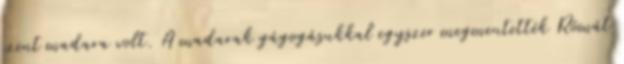
szent madara volt. A madarak gágogásukkal egyszer megmentették Rómát